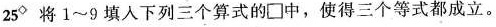
25^{◇} 将1~9填入下列三个算式的\Box中，使得三个等式都成立。